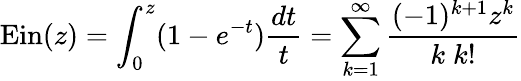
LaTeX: \operatorname{Ein}(z)=\int_{0}^{z}(1-e^{-t}){\frac{dt}{t}}=\sum_{k=1}^{\infty}{\frac{(-1)^{k+1}z^{k}}{k\; k!}}